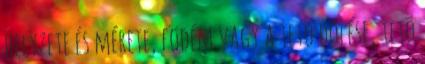
helyzete és mérete, födém vagy a tetõ dõlése, tetõ